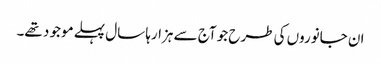
ان جانوروں کی طرح جو آج سے ہزارہا سال پہلے موجو د تھے۔